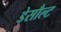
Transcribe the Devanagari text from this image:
डेसौल्ट